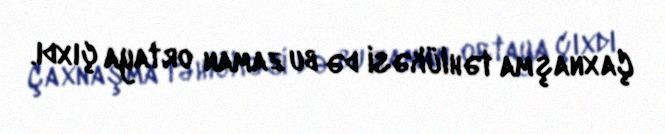
Çaxnaşma təhlükəsi də bu zaman ortaya çıxdı.